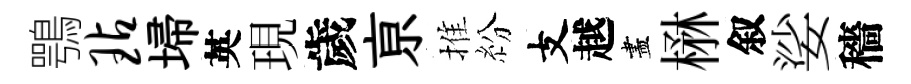
鶚玷埽英現歲亰推紛支越盡楙叙娑穡